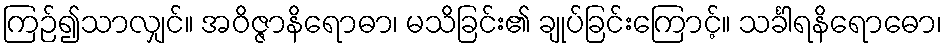
ကြဉ်၍သာလျှင်။ အဝိဇ္ဇာနိရောဓာ၊ မသိခြင်း၏ ချုပ်ခြင်းကြောင့်။ သင်္ခါရနိရောဓော၊